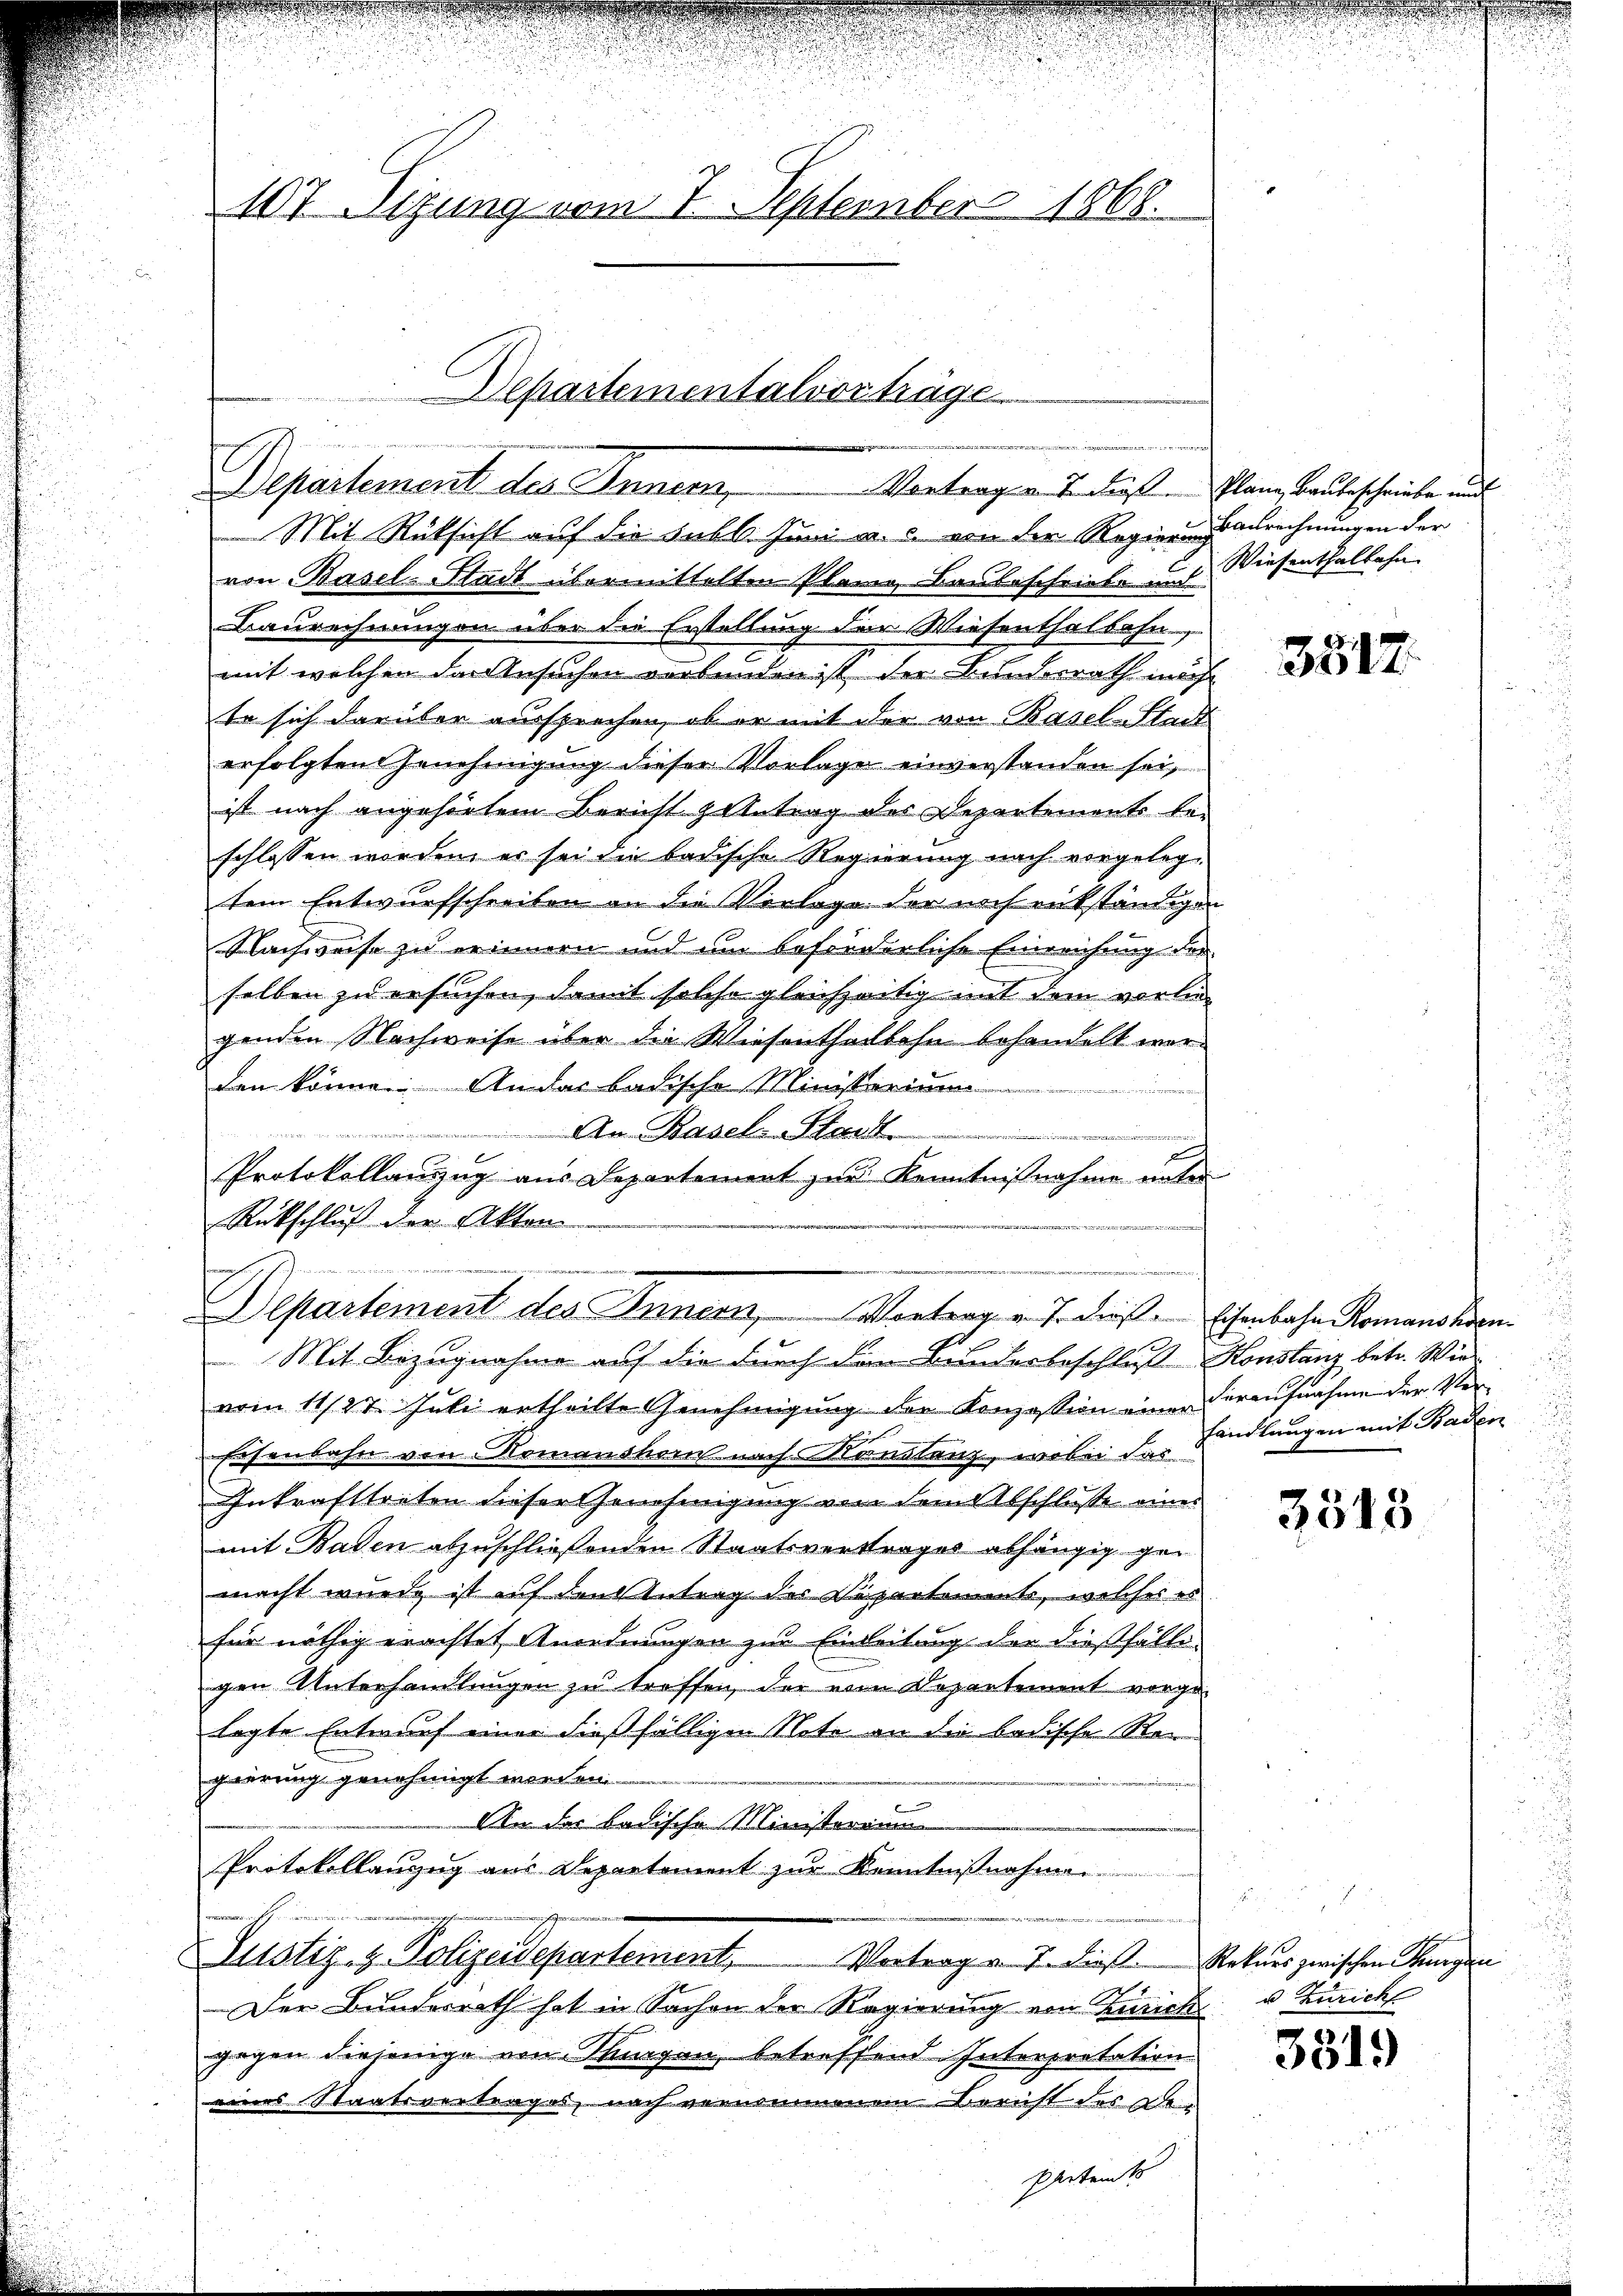
107 Sizung vom 1. September 1868.

Departementalvorträge
une
Departement des Inner
Vertrag v. J. dieß Plane Baubeschriebe und

Rückschluß der Akten

Departement des Innern, Vortrag v. J. diese Eisenbahn Romanshorn
e

Mit Rücksicht auf die Subl. Juni a. c. von der Regierung
von Basel-Stadt übermittelten Planig Baubeschriebe auf Diesenthalbahn.
Baurechnungen über die Erstellung der Wiesenthalbahn,
mit welchen das Ansuchen verbunden ist der Bundesrath währ
so sich darüber aussprechen, ob er mit der von Basel-Stadt
erfolgten Genehmigung dieser Vorlage einverstanden sei,
ist nach angehörtem Bericht & Antrag des Departements be-
schlossen worden, er sei die badische Regierung nach vorgelegtem Entwurfschreiben an die Verlage der noch rükständigen
Nachweise zu erinnern und um beforderliche Einreichung der
selben zu ersuchen, damit solche gleichzeitig mit dem vorliegenden Nachweise über die Wiesenthalbahn behandelt worden könne. An das badische Ministerium
An Basel Stande

Protokollanzug aus Departement zur Kenntnißnahme unter

Mit Bezugnahme auf die durch den Bunderbeschluß Konstanz betr. Wie
vom 11/27. Juli ertheilte Genehmigung der Konzession einer Voraufnahme der Ver¬
Eisenbahn von Romanshorn nach Konstanz, wobei das
Inkrafttreten dieser Genehmigung von Sanatsschlusse eines
mit Baden abzuschließenden Staatsvertrages abhängig gemacht wurde ist auf den Antrag des Departemente, welches es
für nöthig erachtet Anordnungen zur Einleitung der dießfälli
gen Unterhandlungen zu treffen, der von Departement vorge-
legte Entwurf einer dießfälligen Note an die badische Stergierung genehmigt worden
An der badische Ministerium
Protokollanzug aus Departement zur Kenntnißnahmen
Justiz- & Polizeidepartement, Vortrag v. 7. diese Rekurs zwischen ungen
Der Bunderrath hat in Sachen der Regierung von Zürich
gegen diejenige von Tugen, betreffend Interpretation
eines Staatsvertrages, nach vernommenem Bericht des Ge¬
Petents

Baurechnungen der

3317.

Handlungen mit Baden

3513

d
1
u Zürich

3519